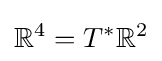
\mathbb {R} ^{4}=T^{*}\mathbb {R} ^{2}